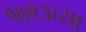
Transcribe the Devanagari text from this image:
१७१३च्या